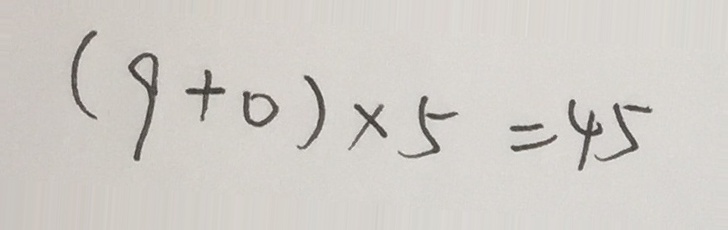
( 9 + 0 ) \times 5 = 4 5